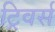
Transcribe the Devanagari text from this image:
ट्रिवर्स